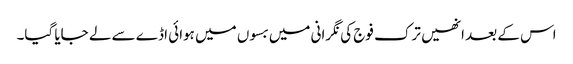
اس کے بعد انھیں ترک فوج کی نگرانی میں بسوں میں ہوائی اڈے سے لے جایا گیا۔